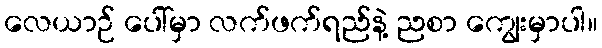
လေယာဉ် ပေါ်မှာ လက်ဖက်ရည်နဲ့ ညစာ ကျွေးမှာပါ။